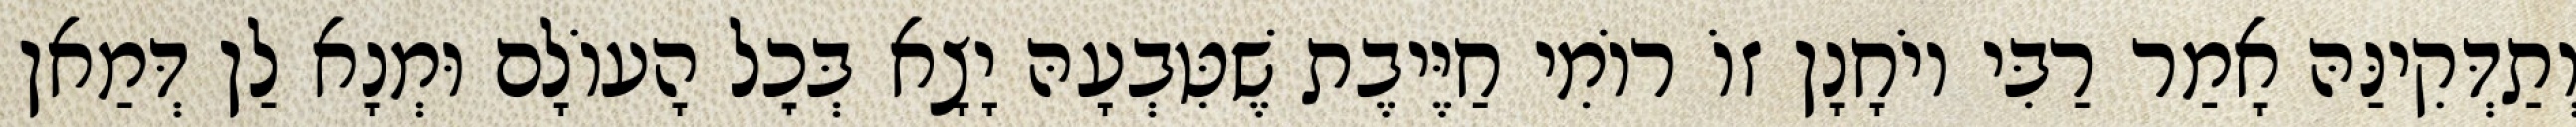
וְתַדְּקִינַּהּ אָמַר רַבִּי יוֹחָנָן זוֹ רוֹמִי חַיֶּיבֶת שֶׁטִּבְעָהּ יָצָא בְּכׇל הָעוֹלָם וּמְנָא לַן דְּמַאן